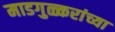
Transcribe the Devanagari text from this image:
माडगुळ्करांच्या